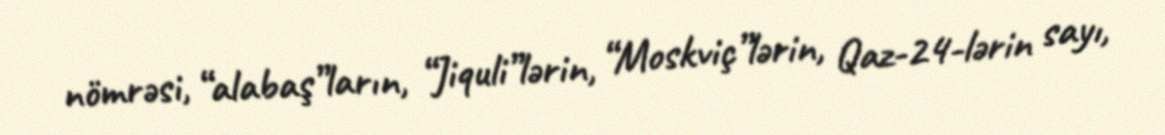
nömrəsi, “alabaş”ların, “Jiquli”lərin, “Moskviç”lərin, Qaz-24-lərin sayı,